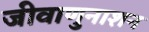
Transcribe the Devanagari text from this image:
जीवाणुनाशन